Report on vaccination in Madras 1877-1894 - 1877-1894
Year: 1877
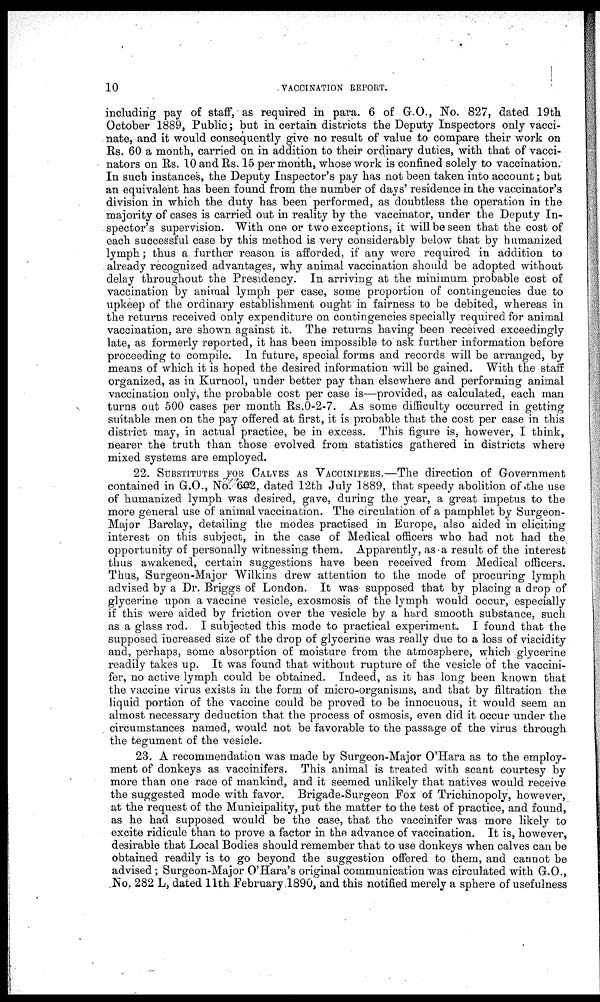
10
VACCINATION REPORT.
including pay of staff, as required in para. 6 of G.O., No. 827, dated 19th
October 1889, Public; but in certain districts the Deputy Inspectors only vacci-
nate, and it would consequently give no result of value to compare their work on
Rs. 60 a month, carried on in addition to their ordinary duties, with that of vacci-
nators on Rs. 10 and Rs. 15 per month, whose work is confined solely to vaccination.
In such instances, the Deputy Inspector's pay has not been taken into account; but
an equivalent has been found from the number of days' residence in the vaccinator's
division in which the duty has been performed, as doubtless the operation in the
majority of cases is carried out in reality by the vaccinator, under the Deputy In-
spector's supervision. With one or two exceptions, it will be seen that the cost of
each successful case by this method is very considerably below that by humanized
lymph; thus a further reason is afforded, if any were required in addition to
already recognized advantages, why animal vaccination should be adopted without
delay throughout the Presidency. In arriving at the minimum probable cost of
vaccination by animal lymph per case, some proportion of contingencies due to
upkeep of the ordinary establishment ought in fairness to be debited, whereas in
the returns received only expenditure on contingencies specially required for animal
vaccination, are shown against it. The returns having been received exceedingly
late, as formerly reported, it has been impossible to ask further information before
proceeding to compile. In future, special forms and records will be arranged, by
means of which it is hoped the desired information will be gained. With the staff
organized, as in Kurnool, under better pay than elsewhere and performing animal
vaccination only, the probable cost per case is—provided, as calculated, each man
turns out 500 cases per month Rs.0-2-7. As some difficulty occurred in getting
suitable men on the pay offered at first, it is probable that the cost per case in this
district may, in actual practice, be in excess. This figure is, however, I think,
nearer the truth than those evolved from statistics gathered in districts where
mixed systems are employed.
22. SUBSTITUTES FOR CALVES AS VACCINIFERS.—The direction of Government
contained in G.O., No.602, dated 12th July 1889, that speedy abolition of the use
of humanized lymph was desired, gave, during the year, a great impetus to the
more general use of animal vaccination. The circulation of a pamphlet by Surgeon-
Major Barclay, detailing the modes practised in Europe, also aided in eliciting
interest on this subject, in the case of Medical officers who had not had the
opportunity of personally witnessing them. Apparently, as a result of the interest
thus awakened, certain suggestions have been received from Medical officers.
Thus, Surgeon-Major Wilkins drew attention to the mode of procuring lymph
advised by a Dr. Briggs of London. It was supposed that by placing a drop of
glycerine upon a vaccine vesicle, exosmosis of the lymph would occur, especially
if this were aided by friction over the vesicle by a hard smooth substance, such
as a glass rod. I subjected this mode to practical experiment. I found that the
supposed increased size of the drop of glycerine was really due to a loss of viscidity
and, perhaps, some absorption of moisture from the atmosphere, which glycerine
readily takes up. It was found that without rupture of the vesicle of the vaccini¬
fer, no active lymph could be obtained. Indeed, as it has long been known that
the vaccine virus exists in the form of micro-organisms, and that by filtration the
liquid portion of the vaccine could be proved to be innocuous, it would seem an
almost necessary deduction that the process of osmosis, even did it occur under the
circumstances named, would not be favorable to the passage of the virus through
the tegument of the vesicle.
23. A recommendation was made by Surgeon-Major O'Hara as to the employ-
ment of donkeys as vaccinifers. This animal is treated with scant courtesy by
more than one race of mankind, and it seemed unlikely that natives would receive
the suggested mode with favor. Brigade-Surgeon Fox of Trichinopoly, however,
at the request of the Municipality, put the matter to the test of practice, and found,
as he had supposed would be the case, that the vaccinifer was more likely to
excite ridicule than to prove a factor in the advance of vaccination. It is, however,
desirable that Local Bodies should remember that to use donkeys when calves can be
obtained readily is to go beyond the suggestion offered to them, and cannot be
advised; Surgeon-Major O'Hara's original communication was circulated with G.O.,
No. 282 L, dated 11th February 1890, and this notified merely a sphere of usefulness